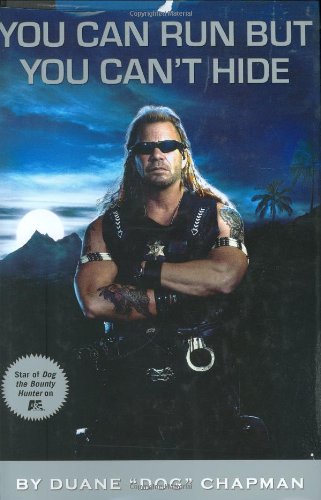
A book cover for You Can Run, But You Can't Hide; Duane Dog Chapman; Biographies & Memoirs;